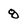
Character: 8